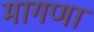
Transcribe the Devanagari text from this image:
मागणा